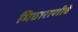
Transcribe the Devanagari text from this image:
मिठाराणीचे